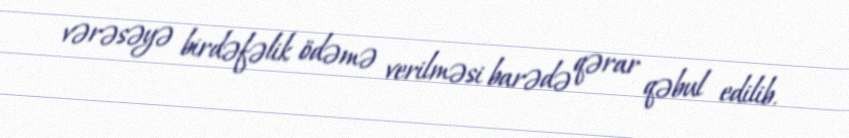
vərəsəyə birdəfəlik ödəmə verilməsi barədə qərar qəbul edilib.